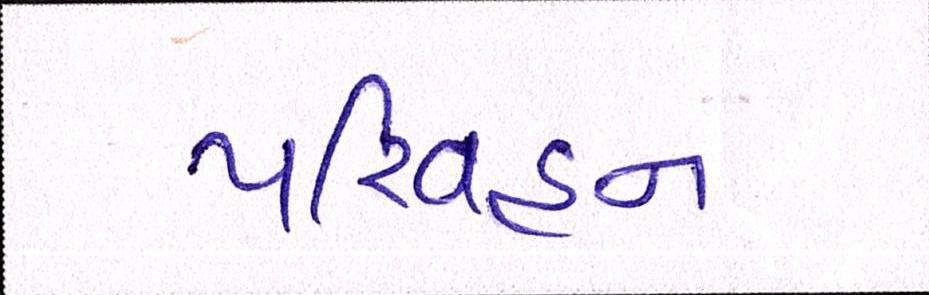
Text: પરિવહન